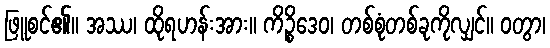
ဖြူစင်၏။ အဿ၊ ထိုရဟန်းအား။ ကိဉ္စိဒေဝ၊ တစ်စုံတစ်ခုကိုလျှင်။ ဝတွာ၊